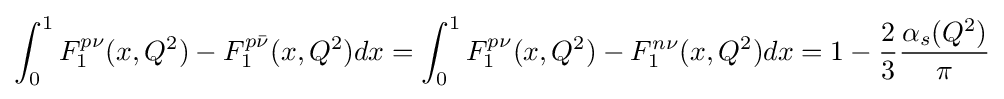
\int _{0}^{1}F_{1}^{p\nu }(x,Q^{2})-F_{1}^{p{\bar {\nu }}}(x,Q^{2})dx=\int _{0}^{1}F_{1}^{p\nu }(x,Q^{2})-F_{1}^{n\nu }(x,Q^{2})dx=1-{\frac {2}{3}}{\frac {\alpha _{s}(Q^{2})}{\pi }}